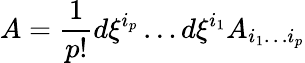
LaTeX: A={\frac{1}{p!}}d\xi^{i_{p}}\dots d\xi^{i_{1}}A_{i_{1}\dots i_{p}}